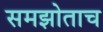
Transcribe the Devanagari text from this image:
समझोताच